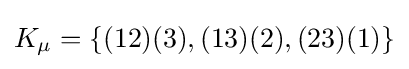
K_{\mu }=\{(12)(3),(13)(2),(23)(1)\}